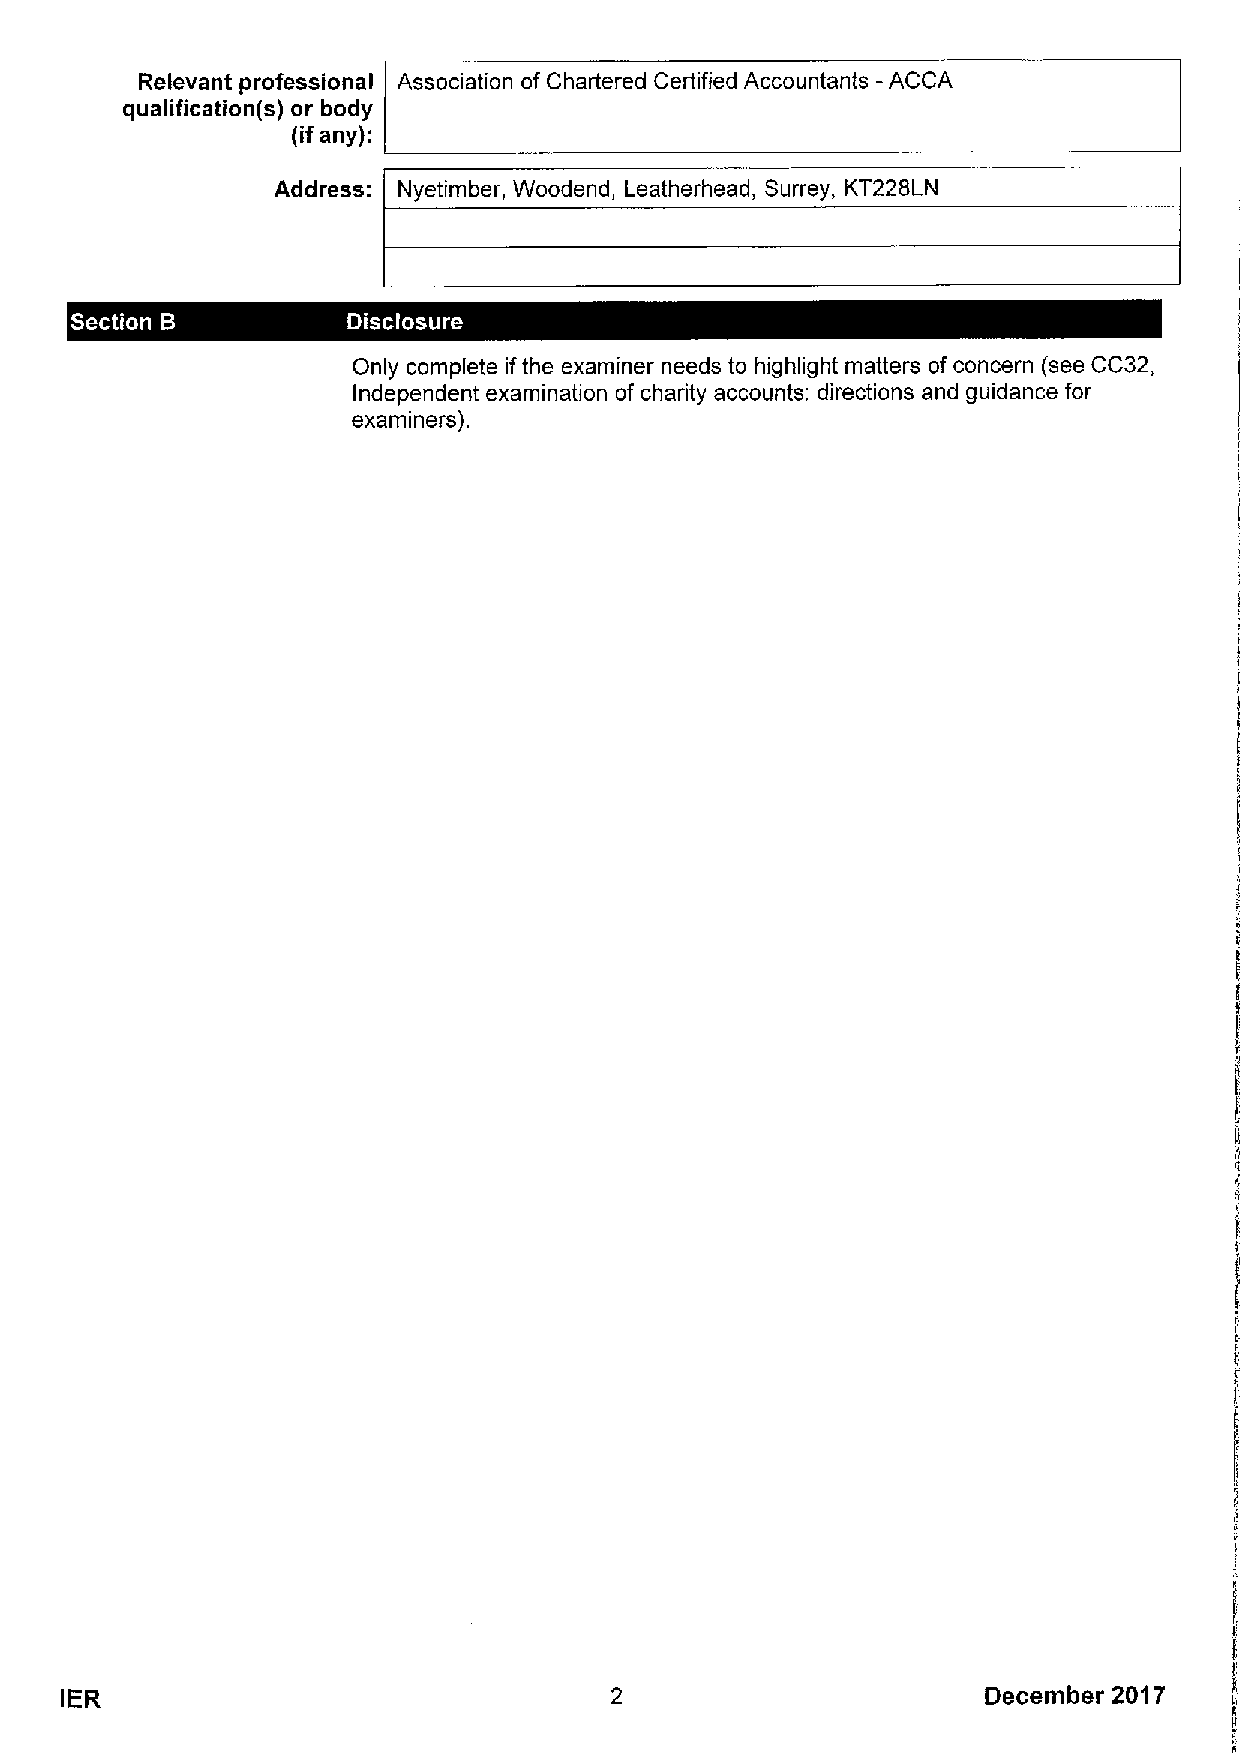
Relevant professional Association of Chartered Certified Accountants -ACCA
 qualification(s) or body
 (ifany):
 Address: Nyetimber, Woodend, Leatherhead, Surrey, KT228LN
 ~   ~
 Only complete ifthe examiner needs to highlight matters ofconcern (see CC32,
 Independent examination of charity accounts; directions and guidance for
 examiners).
 IER                                                          December 2017